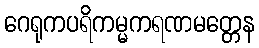
ဂေရုကပရိကမ္မကရဏမတ္တေန